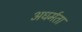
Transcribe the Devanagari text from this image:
अधर्मता